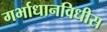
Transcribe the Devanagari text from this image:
गर्भाधानविधीस